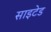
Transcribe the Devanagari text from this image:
साइटेड